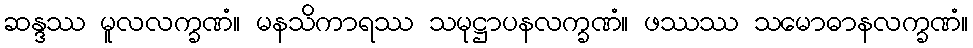
ဆန္ဒဿ မူလလက္ခဏံ။ မနသိကာရဿ သမုဋ္ဌာပနလက္ခဏံ။ ဖဿဿ သမောဓာနလက္ခဏံ။